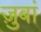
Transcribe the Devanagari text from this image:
ज़ुबां